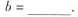
$$ $$b = ___$$ $$.